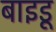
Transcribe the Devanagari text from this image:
बाइडू